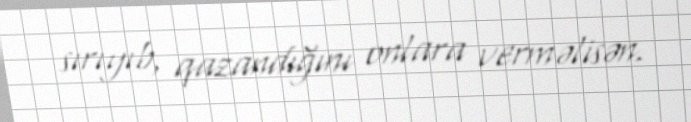
sırıyıb, qazandığını onlara verməlisən.